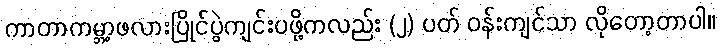
ကာတာကမ္ဘာ့ဖလားပြိုင်ပွဲကျင်းပဖို့ကလည်း (၂) ပတ် ဝန်းကျင်သာ လိုတော့တာပါ။